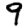
Digit: 9